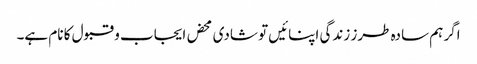
اگر ہم سادہ طرز زندگی اپنائیں تو شادی محض ایجاب و قبول کا نام ہے۔